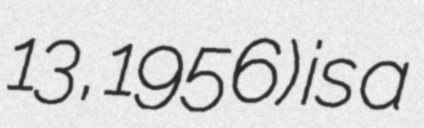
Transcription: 13, 1956) is a